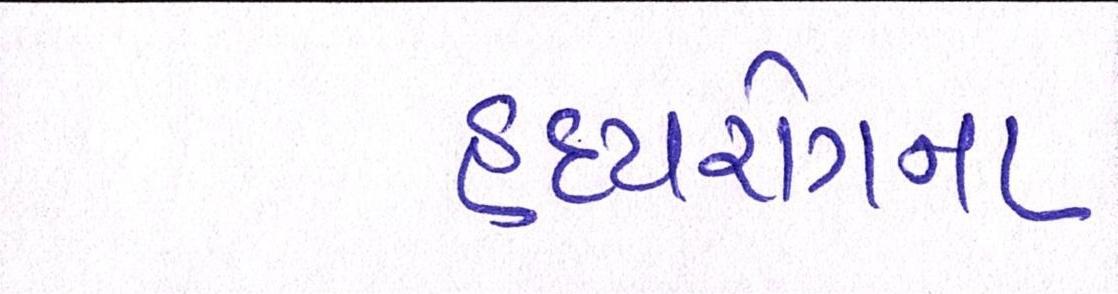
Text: હૃદયરોગના